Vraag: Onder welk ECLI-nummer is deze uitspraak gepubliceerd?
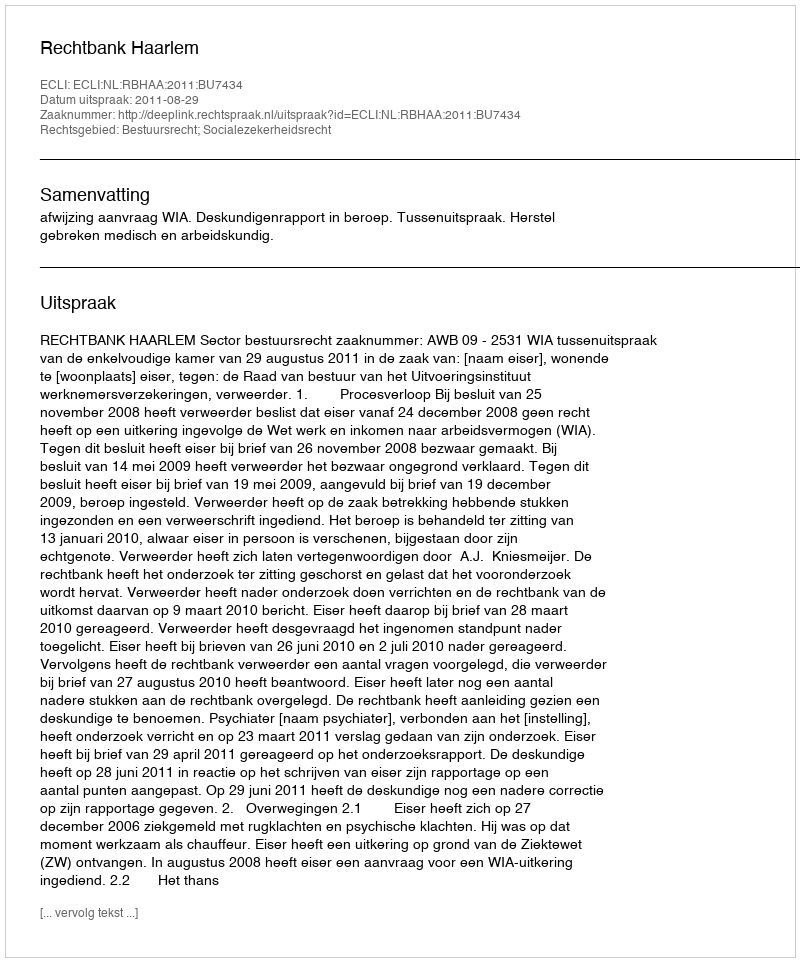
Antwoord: ECLI:NL:RBHAA:2011:BU7434